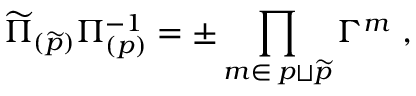
\widetilde \Pi _ { ( \widetilde p ) } \Pi _ { ( p ) } ^ { - 1 } = \pm \prod _ { m \in \; p \sqcup { \widetilde p } } \Gamma ^ { m } \ ,